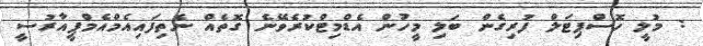
: މުލީ ހޮސްޕިޓަލް ފުރިގެން ބަލި މީހުން އެޑްމިޓްކުރެވޭނެ ގޮތެއް ނެތިފައިއެމްއެމްޕީއާރުސީ